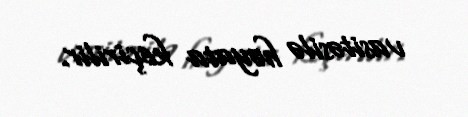
vasitəsilə həyata keçirilir.